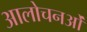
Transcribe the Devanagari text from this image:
आलोचनओं